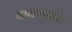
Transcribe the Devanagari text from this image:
बाक्साईट